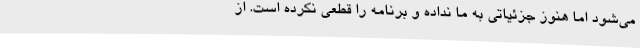
می‌شود اما هنوز جزئیاتی به ما نداده و برنامه را قطعی نکرده‌ است. از